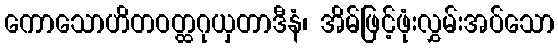
ကောသောဟိတဝတ္ထဂုယှတာဒီနံ၊ အိမ်ဖြင့်ဖုံးလွှမ်းအပ်သော